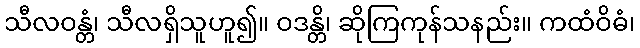
သီလဝန္တံ၊ သီလရှိသူဟူ၍။ ဝဒန္တိ၊ ဆိုကြကုန်သနည်း။ ကထံဝိဓံ၊